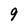
Character: 9